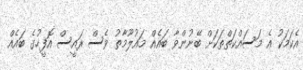
އެކަމަކު އެ މަސައްކަތްތަކަށް ބޭނުންވާ ބައެއް މައުލޫމާތު ވެސް ރައީސް އޮފީހުގެ ބައެއް